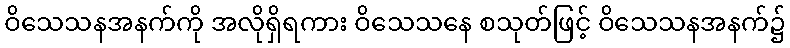
ဝိသေသနအနက်ကို အလိုရှိရကား ဝိသေသနေ စသုတ်ဖြင့် ဝိသေသနအနက်၌